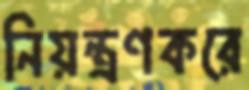
নিয়ন্ত্রণকরে